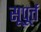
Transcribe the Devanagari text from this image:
सूपूर्त